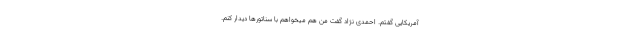
آمریکایی گفتم. احمدی نژاد گفت من هم میخواهم با سناتور‌ها دیدار کنم.